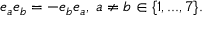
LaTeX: e _ { a } e _ { b } = - e _ { b } e _ { a } , \; a \ne b \in \{ 1 , . . . , 7 \} .